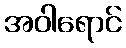
အဝါရောင်